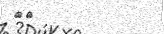
٥٠